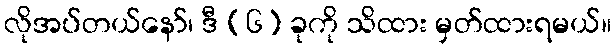
လိုအပ်တယ်နော်၊ ဒီ (၆) ခုကို သိထား မှတ်ထားရမယ်။